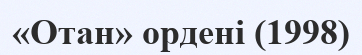
«Отан» ордені (1998)